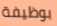
بوظيفة